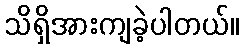
သိရှိအားကျခဲ့ပါတယ်။